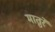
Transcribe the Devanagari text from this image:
मातुरे